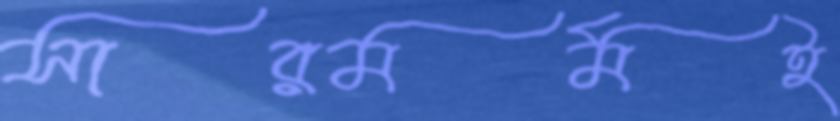
সারমর্মই